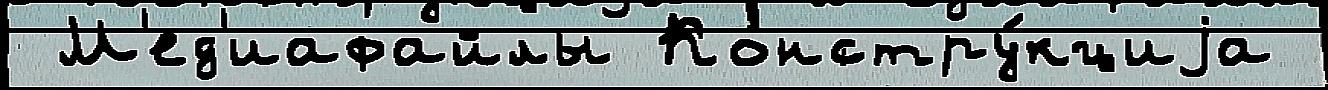
 М'ед'иафайлы Констру́кциjа